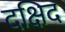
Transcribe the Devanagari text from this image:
दक्षिद